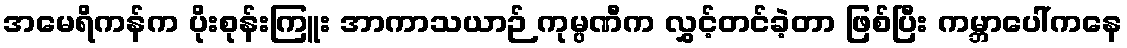
အမေရိကန်က ပိုးစုန်းကြူး အာကာသယာဉ် ကုမ္ပဏီက လွှင့်တင်ခဲ့တာ ဖြစ်ပြီး ကမ္ဘာပေါ်ကနေ